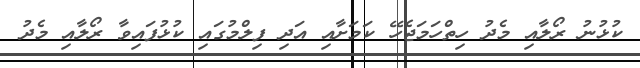
ކުޅުނު ރޯލާއި މެދު ހިތްހަމަޖެހޭ ކަމަށާއި އަދި ފިލްމުގައި ކުޅުފައިވާ ރޯލާއި މެދު